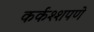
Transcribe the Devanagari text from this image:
कर्कश्शपणे